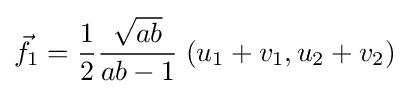
{\vec {f}}_{1}={\frac {1}{2}}{\frac {\sqrt {ab}}{ab-1}}\;(u_{1}+v_{1},u_{2}+v_{2})